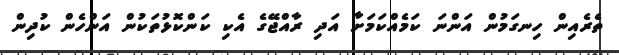
ތެރެއިން ހިނގަމުން އަންނަ ކަމެއްކަމަށާ އަދި ރާއްޖޭގެ އެކި ކަންކޮޅުތަކުން އަންހެން ކުދިން